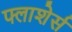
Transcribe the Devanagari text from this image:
फ्लाशेर्स